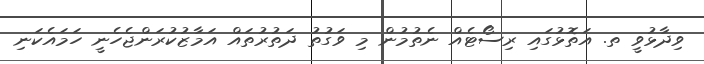
ވިދާޅުވީ ތ. އަތޮޅުގައި ރިސޯޓެއް ނެތުމުން މި ވަގުތު ދަތުރުތައް އަމާޒުކުރަންޖެހެނީ ހަމައެކަނި